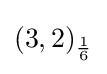
(3,2)_{\frac {1}{6}}